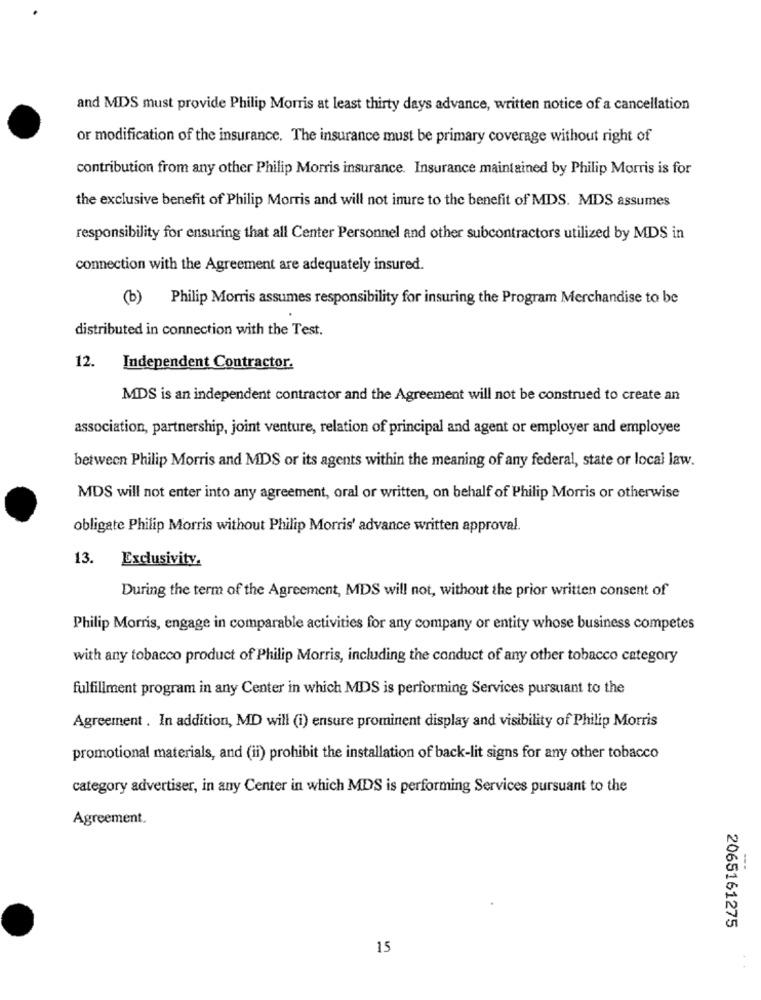
and MDS must provide Philip Morris at least thirty days advance, written notice of a cancellation
or modification of the insurance. The insurance must be primary coverage without right of
contribution from any other Philip Morris insurance. Insurance maintained by Philip Morris is for
the exclusive benefit of Philip Morris and will not inure to the benefit of MDS. MDS assumes
responsibility for ensuring that all Center Personnel and other subcontractors utilized by MDS in
connection with the Agreement are adequately insured.
)Philip Morris assumes responsibility for insuring the Program Merchandise to be
distributed in connection with the Test.
12. Independent Contractor.
MDS is an independent contractor and the Agreement will not be construed to create an
association, partnership, joint venture, relation of principal and agent or employer and employee
between Philip Morris and MDS or its agents within the meaning of any federal, state or local law.
MDS will not enter into any agreement, oral or written, on behalf of Philip Morris or otherwise
obligate Philip Morris without Philip Morris' advance written approval.
13.
Exclusivity.
During the term of the Agreement, MDS will not, without the prior written consent of
Philip Morris, engage in comparable activities for any company or entity whose business competes
with any tobacco product of Philip Morris, including the conduct of any other tobacco category
fulfillment program in any Center in which MDS is performing Services pursuant to the
Agreement . In addition, MD will (i) ensure prominent display and visibility of Philip Morris
promotional materials, and (ii) prohibit the installation of back-lit signs for any other tobacco
category advertiser, in any Center in which MDS is performing Services pursuant to the
Agreement.
---
2065161275
15